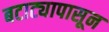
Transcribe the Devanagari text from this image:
बटाट्यापासून